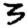
Digit: 3